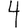
Digit: 4